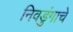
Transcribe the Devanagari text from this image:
निवडुंगाचे